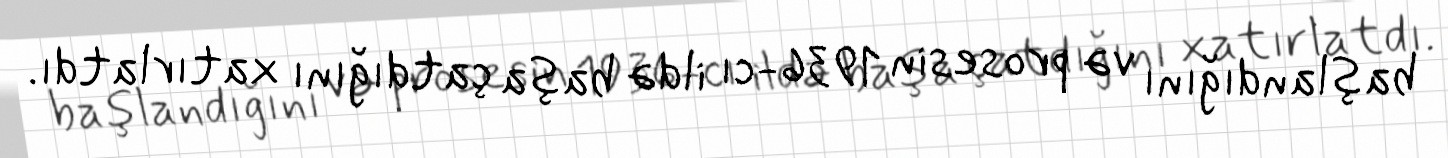
başlandığını və prosesin 1936-cı ildə başa çatdığını xatırlatdı.